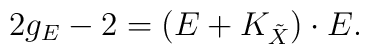
2g_{E}-2=(E+K_{\tilde{X}})\cdot E.